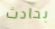
بحادث